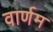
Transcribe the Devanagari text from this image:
वार्णम